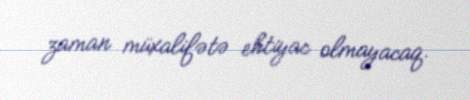
zaman müxalifətə ehtiyac olmayacaq.